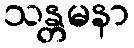
သန္တမနာ